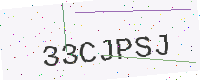
Text: 33CJPSJ